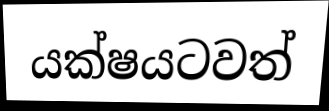
යක්ෂයටවත්